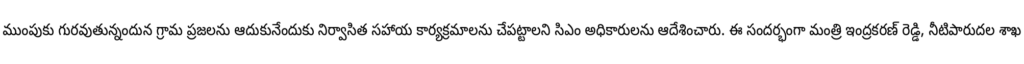
ముంపుకు గురవుతున్నందున గ్రామ ప్రజలను ఆదుకునేందుకు నిర్వాసిత సహాయ కార్యక్రమాలను చేపట్టాలని సిఎం అధికారులను ఆదేశించారు. ఈ సందర్భంగా మంత్రి ఇంద్రకరణ్ రెడ్డి, నీటిపారుదల శాఖ